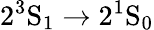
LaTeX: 2^{3}\mathrm{S}_{1}\rightarrow 2^{1}\mathrm{S}_{0}